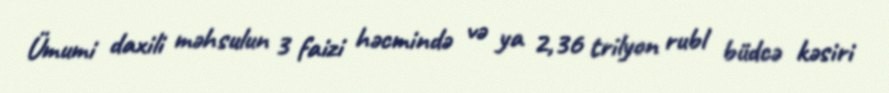
Ümumi daxili məhsulun 3 faizi həcmində və ya 2,36 trilyon rubl büdcə kəsiri